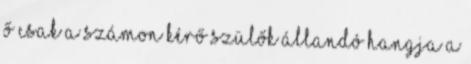
Ő csak a számon kérő szülők állandó hangja a